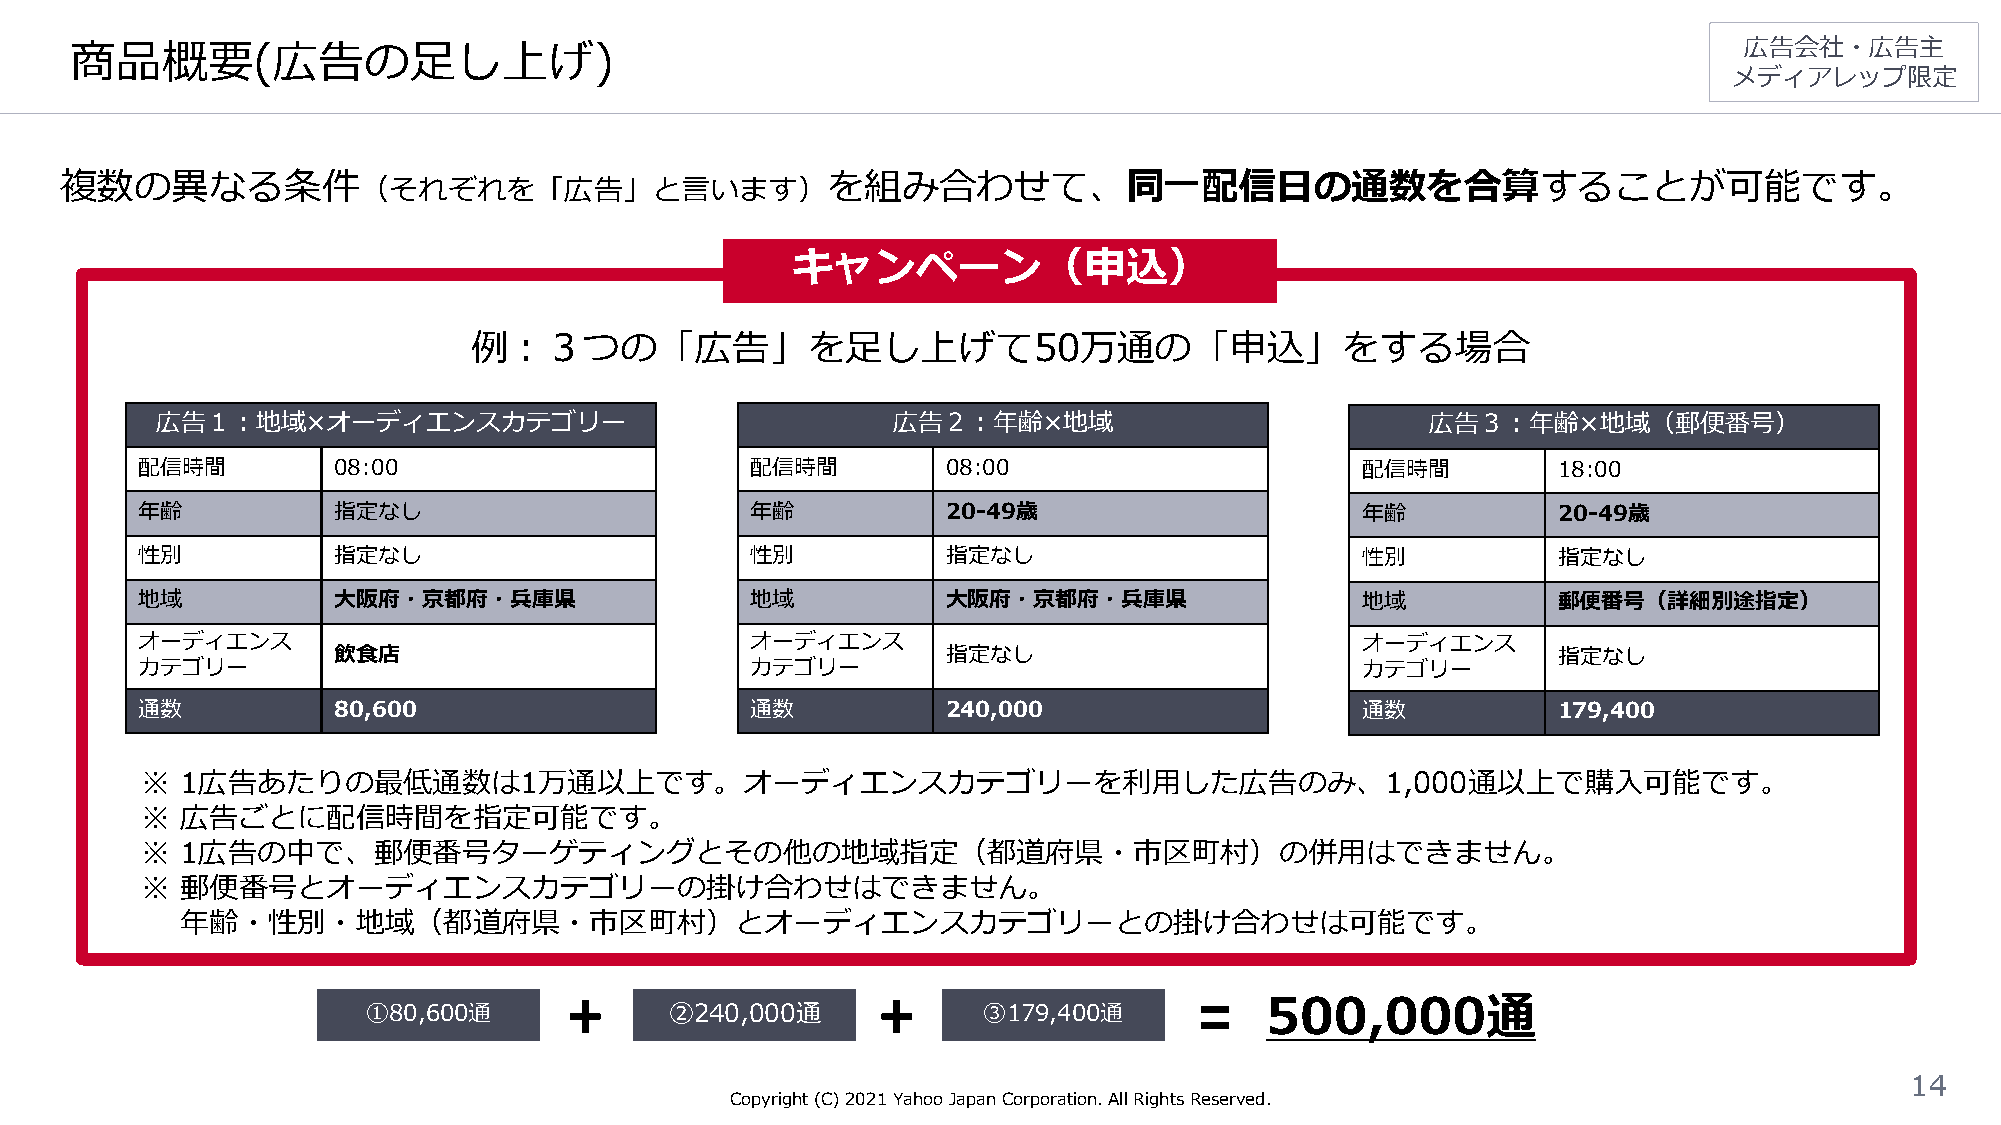
商品概要(広告の足し上げ)                                                                                                 広告会社・広告主
 メディアレップ限定
 複数の異なる条件                                           を組み合わせて、同一配信日の通数を合算することが可能です。
 （それぞれを「広告」と言います）
 キャンペーン（申込）
 例：３つの「広告」を足し上げて50万通の「申込」をする場合
 広告１：地域×オーディエンスカテゴリー                              広告２：年齢×地域                           広告３：年齢×地域（郵便番号）
 配信時間         08:00                       配信時間         08:00                      配信時間         18:00
 年齢           指定なし                        年齢           20-49歳                     年齢           20-49歳
 性別           指定なし                        性別           指定なし                       性別           指定なし
 地域           大阪府・京都府・兵庫県                 地域           大阪府・京都府・兵庫県                地域           郵便番号（詳細別途指定）
 オーディエンス                                  オーディエンス                                 オーディエンス
 飲食店                                      指定なし                                    指定なし
 カテゴリー                                    カテゴリー                                   カテゴリー
 通数           80,600                      通数           240,000                    通数           179,400
 ※  1広告あたりの最低通数は1万通以上です。オーディエンスカテゴリーを利用した広告のみ、1,000通以上で購入可能です。
 ※  広告ごとに配信時間を指定可能です。
 ※  1広告の中で、郵便番号ターゲティングとその他の地域指定（都道府県・市区町村）の併用はできません。
 ※  郵便番号とオーディエンスカテゴリーの掛け合わせはできません。
 年齢・性別・地域（都道府県・市区町村）とオーディエンスカテゴリーとの掛け合わせは可能です。
 500,000通
 ①80,600通            ②240,000通            ③179,400通
 14
 Copyright (C)2021Yahoo Japan Corporation. All Rights Reserved.